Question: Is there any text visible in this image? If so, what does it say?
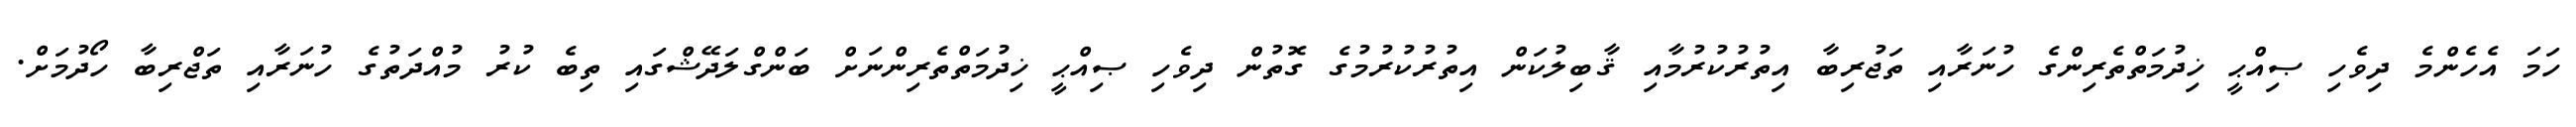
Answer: ހަމަ އެހެންމެ ދިވެހި ޞިއްޙީ ޚިދުމަތްތެރިންގެ ހުނަރާއި ތަޖުރިބާ އިތުރުކުރުމާއި ޤާބިލުކަން އިތުރުކުރުމުގެ ގޮތުން ދިވެހި ޞިއްޙީ ޚިދުމަތްތެރިންނަށް ބަންގްލަދޭޝްގައި ތިބެ ކުރު މުއްދަތުގެ ހުނަރާއި ތަޖްރިބާ ހޯދުމަށް.